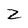
Character: Z